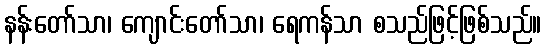
နန်းတော်သာ၊ ကျောင်းတော်သာ၊ ရေကန်သာ စသည်ဖြင့်ဖြစ်သည်။